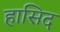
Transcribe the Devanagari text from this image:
हासिद